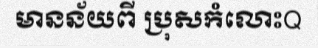
មានន័យពី ប្រុសកំលោះQ